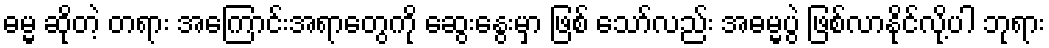
ဓမ္မ ဆိုတဲ့ တရား အကြောင်းအရာတွေကို ဆွေးနွေးမှာ ဖြစ် သော်လည်း အဓမ္မပွဲ ဖြစ်လာနိုင်လို့ပါ ဘုရား